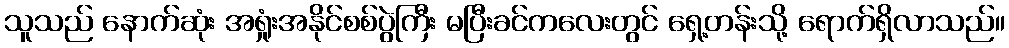
သူသည် နောက်ဆုံး အရှုံးအနိုင်စစ်ပွဲကြီး မပြီးခင်ကလေးတွင် ရှေ့တန်းသို့ ရောက်ရှိလာသည်။